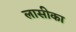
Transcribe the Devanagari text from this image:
लासीका